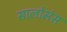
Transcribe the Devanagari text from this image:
सालोमंस